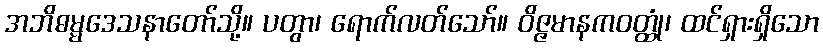
အဘိဓမ္မဒေသနာတော်သို့။ ပတွာ၊ ရောက်လတ်သော်။ ဝိဇ္ဇမာနကဝတ္ထုံ၊ ထင်ရှားရှိသော